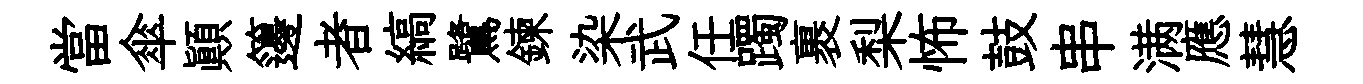
當傘顛籩者縞鷺鍊染武任躅裹梨怖鼓串满應慧